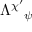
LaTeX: \Lambda ^ { \chi ^ { \prime } } { } _ { \psi }